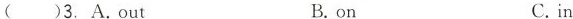
( )3.A.out B.on C.in